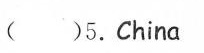
( )5.China